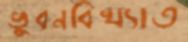
ভুবনবিখ্যাত